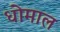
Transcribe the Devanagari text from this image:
धोमाल